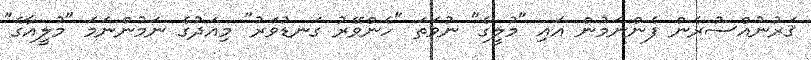
ޤަރުނުއްސުރެން ފެންނަމުން އައި "މުލީގެ" ނުވަތަ "ހެންވޭރު ގަނޑުވަރު" މިއަދުގެ ނަމުންނަމަ "މުލީއާގެ"